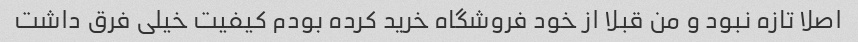
اصلا تازه نبود و من قبلا از خود فروشگاه خرید کرده بودم کیفیت خیلی فرق داشت